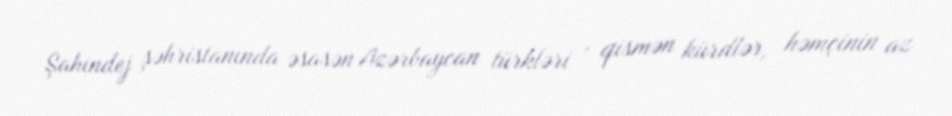
Şahindej şəhristanında əsasən Azərbaycan türkləri , qismən kürdlər, həmçinin az